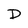
Character: D